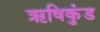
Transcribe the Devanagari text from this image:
ऋषिकुंड